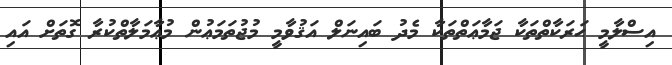
އިސްލާމީ ޙަރަކާތްތަކާ ޖަމާޢަތްތަކާ މެދު ބައިނަލް އަޤުވާމީ މުޖުތަމަޢުން މުޢާމަލާތްކުރާ ގޮތަށް އައި